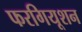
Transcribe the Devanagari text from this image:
फरगियूशन